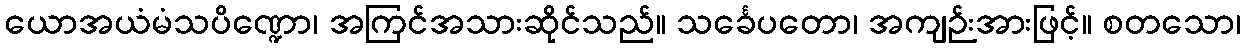
ယောအယံမံသပိဏ္ဍော၊ အကြင်အသားဆိုင်သည်။ သင်္ခေပတော၊ အကျဉ်းအားဖြင့်။ စတသော၊